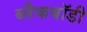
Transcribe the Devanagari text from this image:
ब्लैकबॉडी